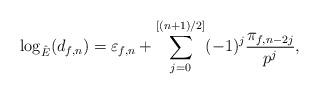
LaTeX: \begin{align*}\log_{\hat{E}}(d_{f, n}) = \varepsilon_{f, n} + \sum_{j=0}^{[(n+1)/2]} (-1)^j \frac{\pi_{f, n - 2j}}{p^j},\end{align*}